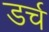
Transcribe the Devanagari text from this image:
डर्च